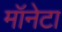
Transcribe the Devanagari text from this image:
मॉनेटा